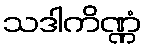
သဒါကိဏ္ဏံ